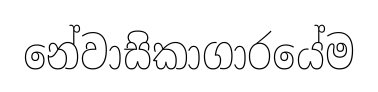
නේවාසිකාගාරයේම